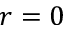
r = 0